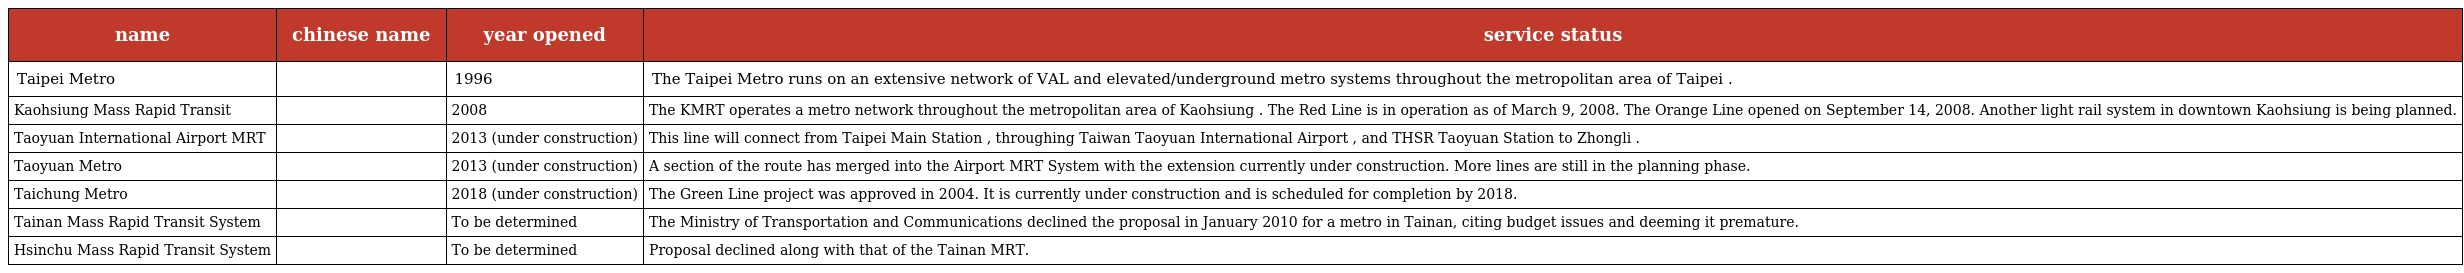
| name | chinese name | year opened | service status |
 | --- | --- | --- | --- |
 | Taipei Metro | 台北捷運 | 1996 | The Taipei Metro runs on an extensive network of VAL and elevated/underground metro systems throughout the metropolitan area of Taipei . |
 | Kaohsiung Mass Rapid Transit | 高雄捷運 | 2008 | The KMRT operates a metro network throughout the metropolitan area of Kaohsiung . The Red Line is in operation as of March 9, 2008. The Orange Line opened on September 14, 2008. Another light rail system in downtown Kaohsiung is being planned. |
 | Taoyuan International Airport MRT | 台灣桃園機場 聯外捷運系統 | 2013 (under construction) | This line will connect from Taipei Main Station , throughing Taiwan Taoyuan International Airport , and THSR Taoyuan Station to Zhongli . |
 | Taoyuan Metro | 桃園捷運 | 2013 (under construction) | A section of the route has merged into the Airport MRT System with the extension currently under construction. More lines are still in the planning phase. |
 | Taichung Metro | 台中捷運 | 2018 (under construction) | The Green Line project was approved in 2004. It is currently under construction and is scheduled for completion by 2018. |
 | Tainan Mass Rapid Transit System | 台南捷運 | To be determined | The Ministry of Transportation and Communications declined the proposal in January 2010 for a metro in Tainan, citing budget issues and deeming it premature. |
 | Hsinchu Mass Rapid Transit System | 新竹捷運 | To be determined | Proposal declined along with that of the Tainan MRT. |